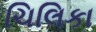
ચિલિકા